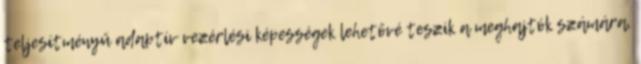
teljesítményű adaptív vezérlési képességek lehetővé teszik a meghajtók számára,